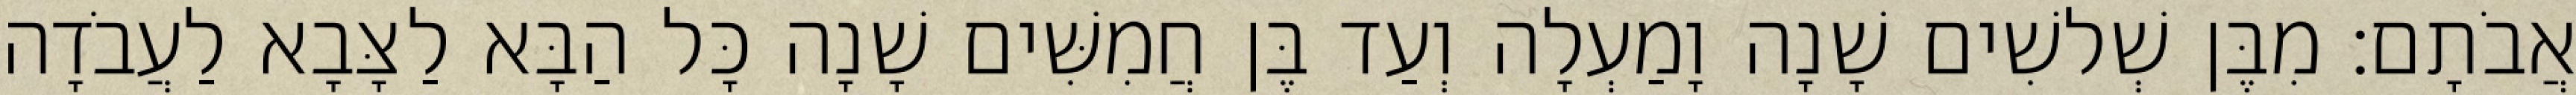
אֲבֹתָם׃ מִבֶּן שְׁלשִׁים שָׁנָה וָמַעְלָה וְעַד בֶּן חֲמִשִּׁים שָׁנָה כָּל הַבָּא לַצָּבָא לַעֲבֹדָה